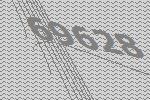
69628